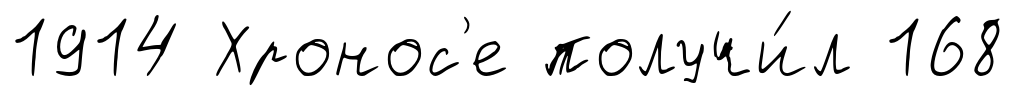
1914 Хронос'е получи́л 168